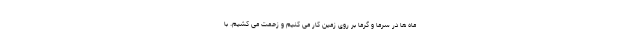
ماه ها در سرما و گرما بر روی زمین کار می کنیم و زحمت می کشیم. با